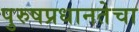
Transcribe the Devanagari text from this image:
पुरुषप्रधानतेचा